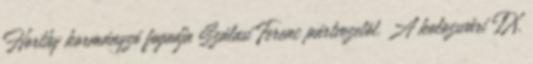
Horthy kormányzó fogadja Szálasi Ferenc pártvezetõt. A kolozsvári IX.